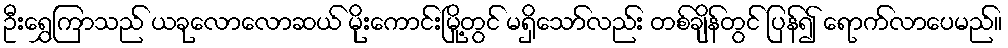
ဦးရွှေကြာသည် ယခုလောလောဆယ် မိုးကောင်းမြို့တွင် မရှိသော်လည်း တစ်ချိန်တွင် ပြန်၍ ရောက်လာပေမည်။